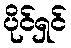
ပိုင်ရှင်